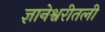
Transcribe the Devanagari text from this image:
ज्ञानेश्वरीतली